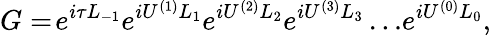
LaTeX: G=\! e^{i\tau L_{-1}}e^{iU^{(1)}L_{1}}e^{iU^{(2)}L_{2}}e^{iU^{(3)}L_{3}}\ldots\! e^{i{U^{(0)}}L_{0}},